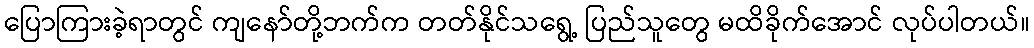
ပြောကြားခဲ့ရာတွင် ကျနော်တို့ဘက်က တတ်နိုင်သရွေ့ ပြည်သူတွေ မထိခိုက်အောင် လုပ်ပါတယ်။